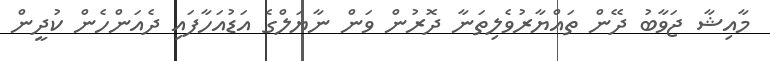
މާއިޝާ ޖަވާބު ދޭން ތައްޔާރުވެލިތަނާ ދޮރުން ވަން ނާޔަލްގެ އަޑުއަހާފައި ދެއަންހެން ކުދީން